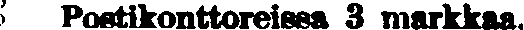
Postikonttoreissa 3 markkaa.